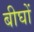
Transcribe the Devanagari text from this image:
बीघों